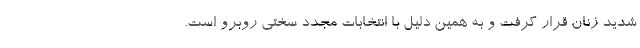
شدید زنان قرار گرفت و به همین دلیل با انتخابات مجدد سختی روبرو است.